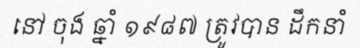
នៅ ចុង ឆ្នាំ ១៩៨៧ ត្រូវបាន ដឹកនាំ